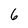
Character: 6